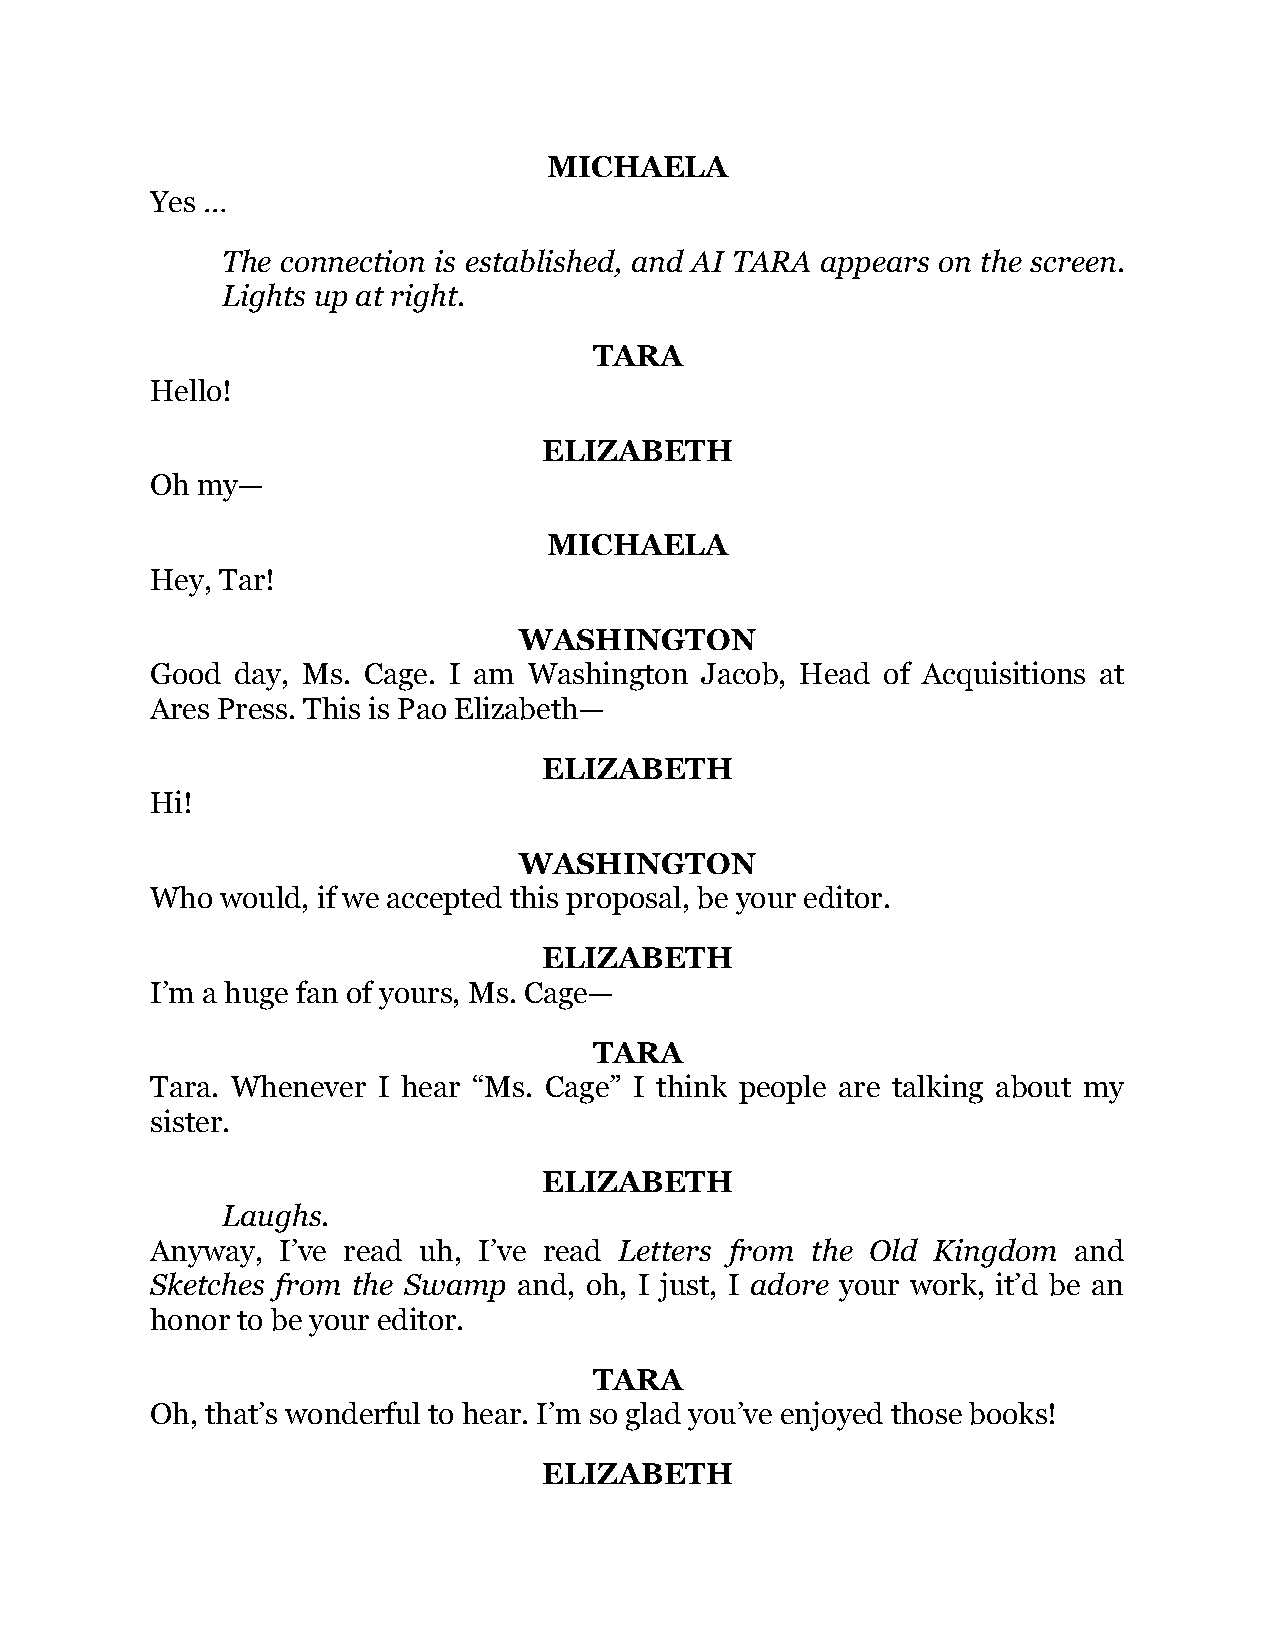
MICHAELA
 Yes …
 The connection is established, and AI TARA appears on the screen.
 Lights up at right.
 TARA
 Hello!
 ELIZABETH
 Oh my—
 MICHAELA
 Hey, Tar!
 WASHINGTON
 Good  day, Ms. Cage. I am Washington Jacob, Head of Acquisitions at
 Ares Press. This is Pao Elizabeth—
 ELIZABETH
 Hi!
 WASHINGTON
 Who  would, if we accepted this proposal, be your editor.
 ELIZABETH
 I’m a huge fan of yours, Ms. Cage—
 TARA
 Tara. Whenever I hear “Ms. Cage” I think people are talking about my
 sister.
 ELIZABETH
 Laughs.
 Anyway, I’ve read uh, I’ve read Letters from the Old Kingdom and
 Sketches from the Swamp and, oh, I just, I adore your work, it’d be an
 honor to be your editor.
 TARA
 Oh, that’s wonderful to hear. I’m so glad you’ve enjoyed those books!
 ELIZABETH